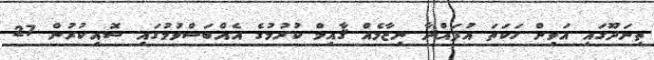
ތިނަދޫގައި އަވިން ހަކަތަ އުފައްދާ ނިޒާމެއް ޤާއިމް ކުރުމުގެ އެއްބަސްވުމުގައި ސޮއިކުރުން 27